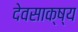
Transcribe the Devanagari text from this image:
देवसाक्ष्य